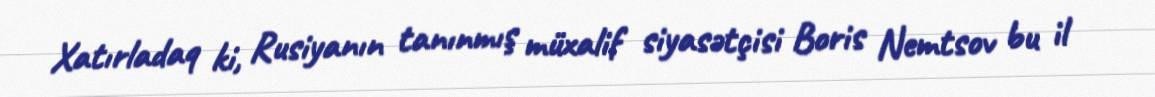
Xatırladaq ki, Rusiyanın tanınmış müxalif siyasətçisi Boris Nemtsov bu il